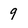
Character: 9